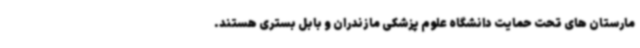
مارستان های تحت حمایت دانشگاه علوم پزشکی مازندران و بابل بستری هستند.